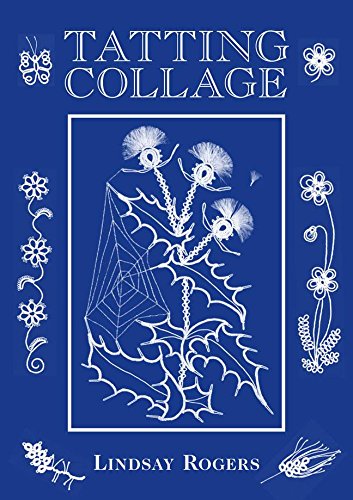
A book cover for Tatting Collage; Lindsay Rogers; Crafts, Hobbies & Home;